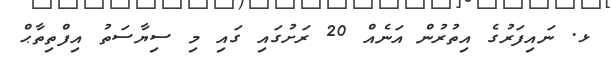
ޅ. ނައިފަރުގެ އިތުރުން އަނެއް 20 ރަށުގައި ގައި މި ސިޔާސަތު އިފްތިތާޙް